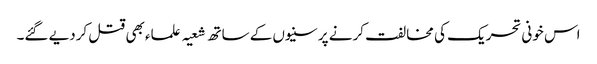
اس خونی تحریک کی مخالفت کرنے پر سنیوں کے ساتھ شعیہ علماء بھی قتل کردیے گئے۔